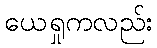
ယေရှုကလည်း